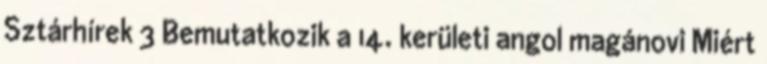
Sztárhírek 3 Bemutatkozik a 14. kerületi angol magánovi Miért